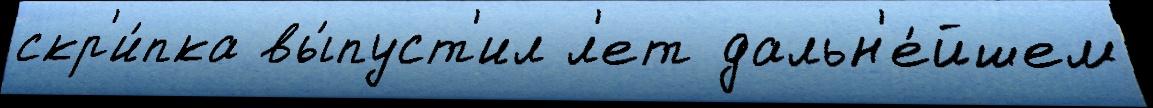
скр'и́пка вы́пуст'ил л'ет дальн'е́йшем